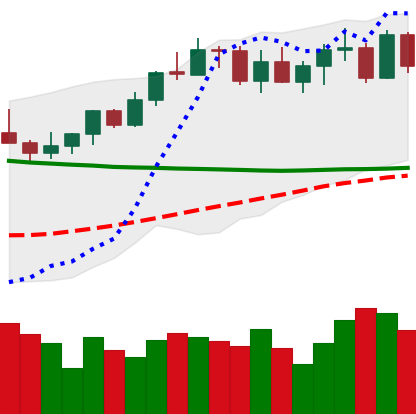
Ticker: XMR-USD
Chart end date: 2022-04-08
Forward return: 9.113%
Label: up_7plus